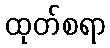
ထုတ်စရာ